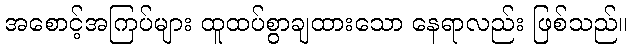
အစောင့်အကြပ်များ ထူထပ်စွာချထားသော နေရာလည်း ဖြစ်သည်။